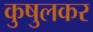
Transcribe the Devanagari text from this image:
कुषुलकर